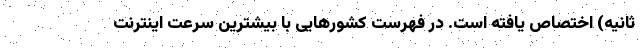
ثانیه) اختصاص یافته است. در فهرست کشورهایی با بیشترین سرعت اینترنت